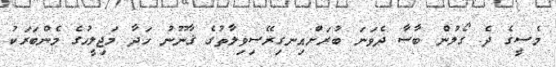
މެސީގެ ދެ ގޯލުން ބާސާ ދެވަނަ ބުރަށްއިނގިރޭސިވިލާތުގެ ޤާނޫނު ހަދާ މަޖިލީހުގެ މެންބަރަކު